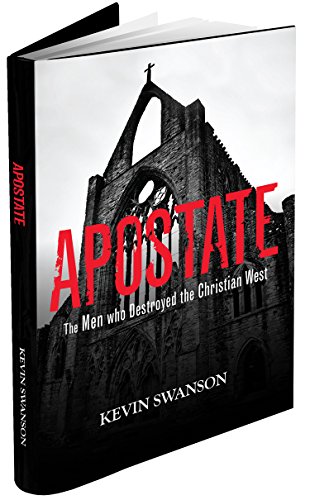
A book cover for Apostate: The Men Who Destroyed the Christian West; Kevin Swanson; Politics & Social Sciences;